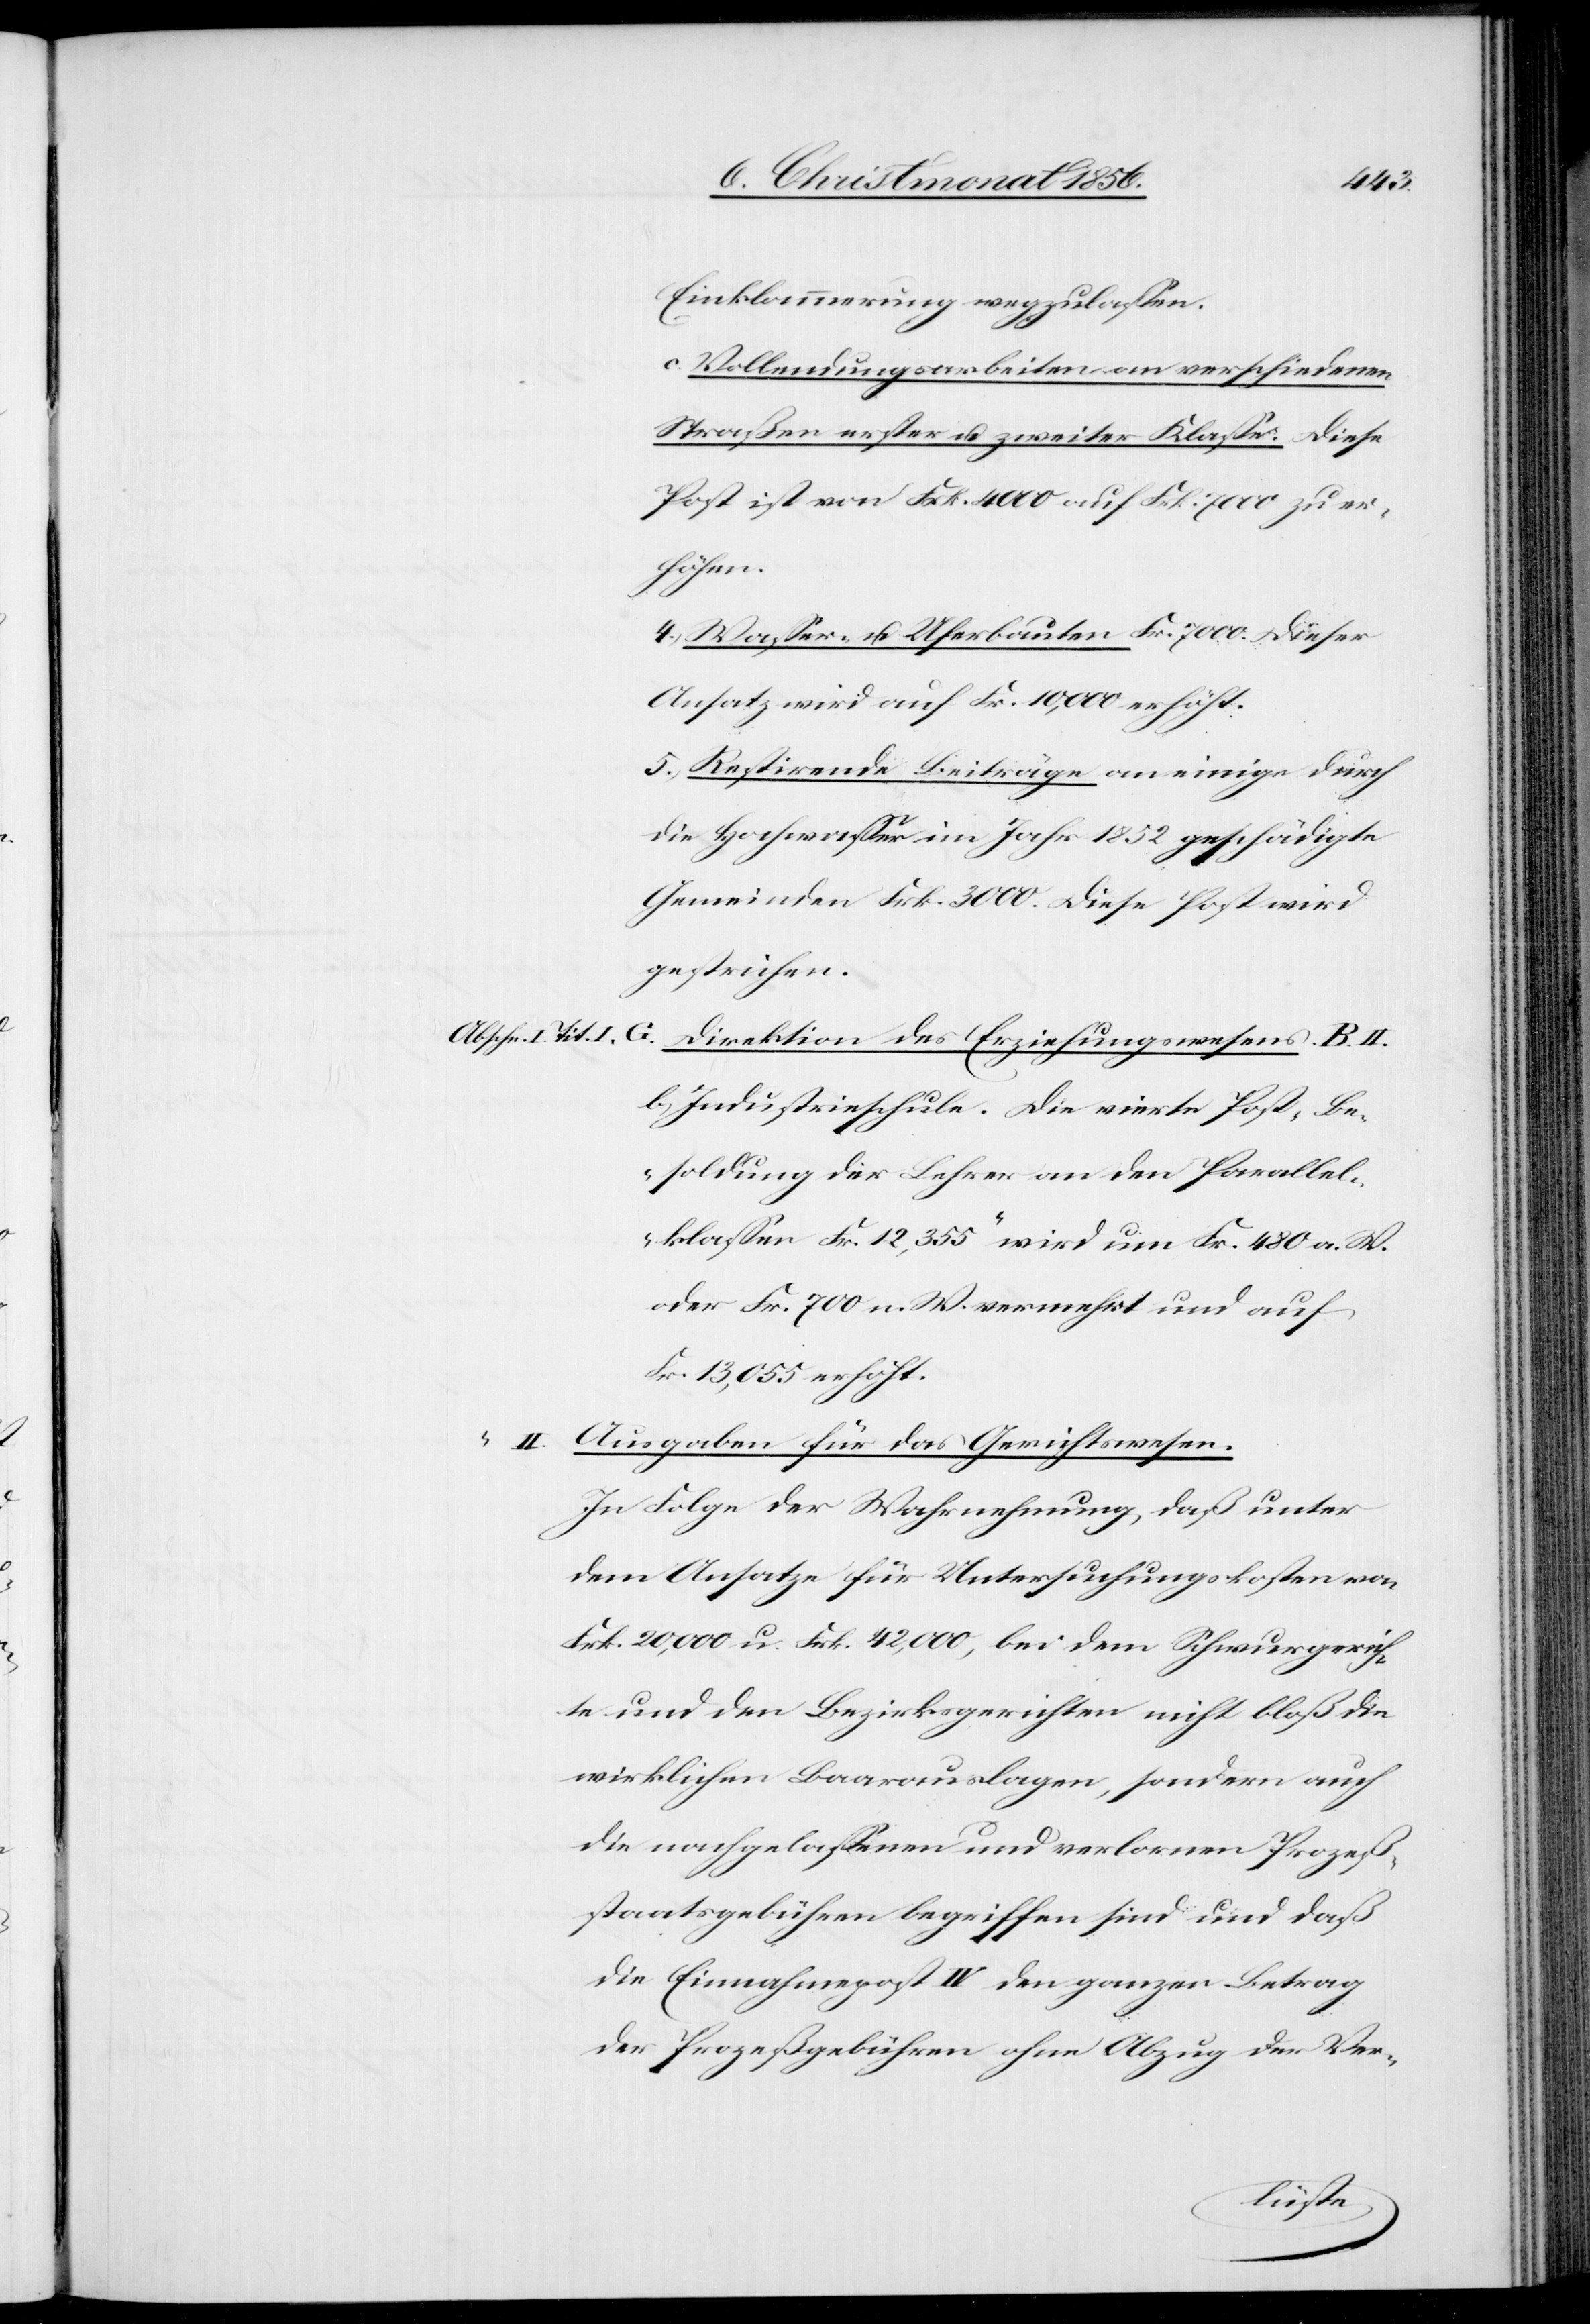
Abschn. I.
I.

Einklammerung wegzulassen.
c. Vollendungsarbeiten an verschiedenen
Straßen erster u. zweiter Klasse. Diese
Post ist von Frk. 4000 auf Frk. 7000 zu er¬
höhen.
4. Wasser- u. Uferbauten Fr. 7000. Dieser
Ansatz wird auf Fr. 10,000 erhöht.
5. Restirende Beiträge an einige durch
die Hochwasser im Jahr 1852 geschädigte
Gemeinden Frk. 3000. Diese Post wird
gestrichen.
G. Direktion des Erziehungswesens. B. II.
b) Industrieschule. Die vierte Post „Be¬
soldung der Lehrer an den Parallel¬
klassen Fr. 12,355“ wird um Fr. 480 a. W.
oder Fr. 700 n. W. vermehrt und auf
Fr. 13,055 erhöht.
Ausgaben für das Gerichtswesen.
In Folge der Wahrnehmung, daß unter
dem Ansatze für Untersuchungskosten von
Frk. 20,000 u. Frk. 42,000, bei dem Schwurgerich¬
te und den Bezirksgerichten nicht bloß die
wirklichen Baarauslagen, sondern auch
die nachgelassenen und verlornen Prozeß¬
staatsgebühren begriffen sind und daß
die Einnahmepost IV den ganzen Betrag
der Prozeßgebühren ohne Abzug der Ver-